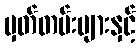
မှတ်တမ်းများနှင့်